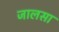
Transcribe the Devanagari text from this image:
जालसा